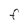
Character: F